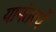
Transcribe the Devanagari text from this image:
यानंतरचें